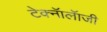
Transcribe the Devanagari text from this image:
टेक्नॅालॅाजी